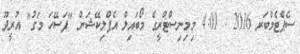
ސެޕްޓެމްބަރ 2016 : 4:01 މިމިނިސްޓްރީގެ މޯބައިލް އެޕްލިކޭޝަން "ފަސޭހަ މަގު" އުރީދޫ